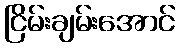
ငြိမ်းချမ်းအောင်